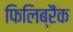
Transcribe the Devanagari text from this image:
फिलिब्रैंक